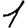
Digit: 1